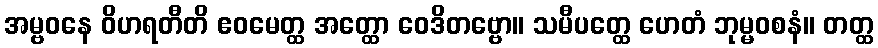
အမ္ဗဝနေ ဝိဟရတီတိ ဧဝမေတ္ထ အတ္ထော ဝေဒိတဗ္ဗော။ သမီပတ္ထေ ဟေတံ ဘုမ္မဝစနံ။ တတ္ထ